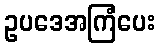
ဥပဒေအကြံပေး